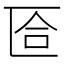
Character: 匼